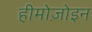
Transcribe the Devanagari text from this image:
हीमोज़ोइन